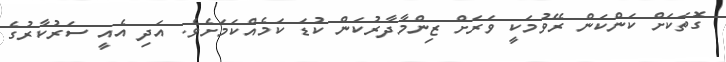
ގޮތަކަށް ކަންކަން ރޭވުމަކީ ވަރަށް ޒިންމާދާރުކަން ކުޑަ ކަމެއްކަމަށެވެ. އަދި އެއީ ސަރުކާރުގެ